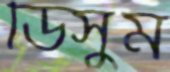
ডিসুম